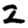
Digit: 2